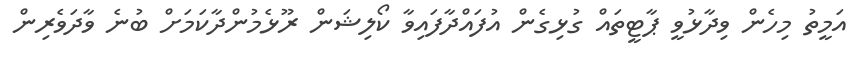
އަމީތު މިހެން ވިދާޅުވީ ޕާޓީތައް ގުޅިގެން އުފައްދާފައިވާ ކޯލިޝަން ރޫޅެމުންދާކަމަށް ބުނެ ވާދަވެރިން